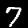
Label: 7